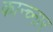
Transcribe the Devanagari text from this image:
कान्च्नार